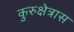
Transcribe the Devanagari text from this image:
कुरुक्षेत्रास